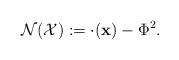
LaTeX: \begin{align*}\mathcal{N}(\mathcal{X}):=\mathcal{\Delta }(\mathbf{x})-\Phi ^{2}.\end{align*}